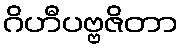
ဂိဟီပဗ္ဗဇိတာ